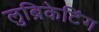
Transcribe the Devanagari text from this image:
लुब्रिकेटिंग